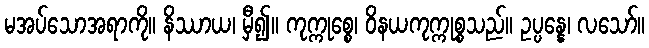
မအပ်သောအရာကို။ နိဿာယ၊ မှီ၍။ ကုက္ကုစ္စေ၊ ဝိနယကုက္ကုစ္စသည်။ ဥပ္ပန္နေ၊ လသော်။